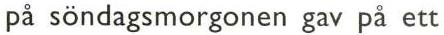
på söndagsmorgonen gav på ett